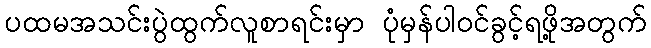
ပထမအသင်းပွဲထွက်လူစာရင်းမှာ ပုံမှန်ပါဝင်ခွင့်ရဖို့အတွက်